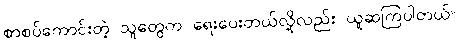
စာစပ်ကောင်းတဲ့ သူတွေက ရေးပေးတယ်လို့လည်း ယူဆကြပါတယ်။